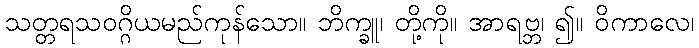
သတ္တရသဝဂ္ဂိယမည်ကုန်သော။ ဘိက္ခူ၊ တို့ကို။ အာရဗ္ဘ၊ ၍။ ဝိကာလေ၊